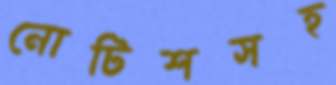
নোটিশসহ